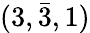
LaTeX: (3,{\bar{3}},1)